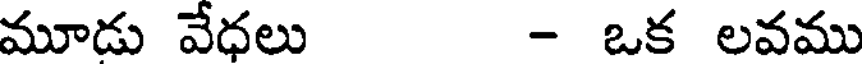
మూడు వేధలు - ఒక లవము